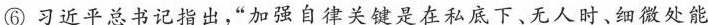
⑥习近平总书记指出，”加强自律关键是在私底下。无人时、细微处能